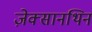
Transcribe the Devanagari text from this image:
ज़ेक्सानथिन